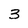
Character: 3